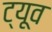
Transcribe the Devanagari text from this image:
ट्यूव